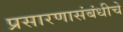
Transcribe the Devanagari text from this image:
प्रसारणासंबंधीचे